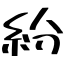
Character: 紛